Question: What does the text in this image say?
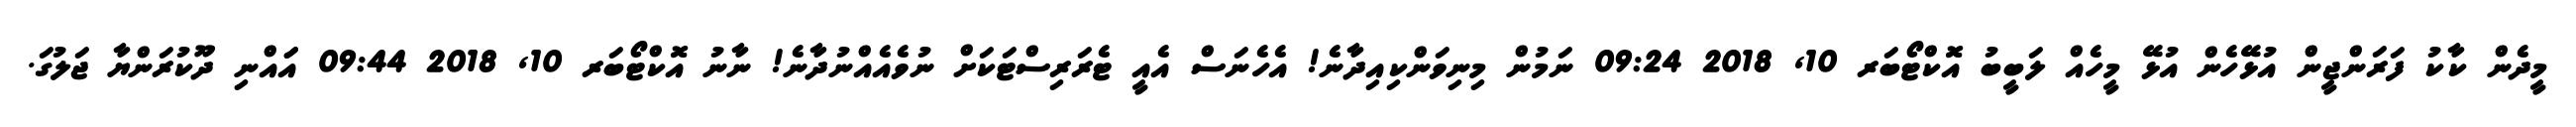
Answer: މީދެން ކާކު ފަރަންޖީން އުޅޭހެން އުޅޭ މީހެއް ލަބީބު އޮކްޓޯބަރ 10, 2018 09:24 ނަމުން މިނިވަންކިއިދާނެ! އެހެނަސް އެއީ ޓެރަރިސްޓަކަށް ނުވެއެއްނުދާނެ! ނާނު އޮކްޓޯބަރ 10, 2018 09:44 އަައްނި ދޫކުރަންޔާ ޖަލުގަ.